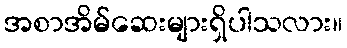
အစာအိမ်ဆေးများရှိပါသလား။